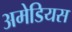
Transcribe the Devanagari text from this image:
अमेडियस